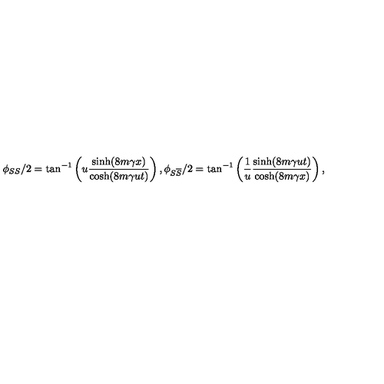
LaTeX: \phi _ { S S } / 2 = \tan ^ { - 1 } \left( u \frac { \sinh ( 8 m \gamma x ) } { \cosh ( 8 m \gamma u t ) } \right) , \phi _ { S \overline { { S } } } / 2 = \tan ^ { - 1 } \left( \frac { 1 } { u } \frac { \sinh ( 8 m \gamma u t ) } { \cosh ( 8 m \gamma x ) } \right) ,